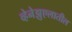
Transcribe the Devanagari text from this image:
व्हेनेझुएलातील